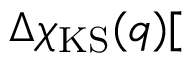
\Delta \chi _ { \mathrm { K S } } ( q ) [ \